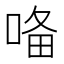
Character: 𭈜